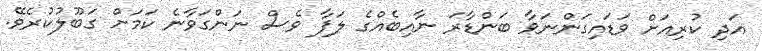
އަދި ކުރިއަށް ވަޑައިގަންނަވާ ބަންޑާރަ ނާއިބެއްގެ ލަފާ ވެސް ނަންގަވާނެ ކަމަށް ގަބޫލުކުރެވޭ.